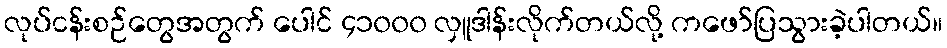
လုပ်ငန်းစဉ်တွေအတွက် ပေါင် ၄၁၀၀၀ လှူဒါန်းလိုက်တယ်လို့ ကဖော်ပြသွားခဲ့ပါတယ်။